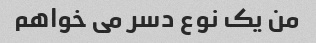
من یک نوع دسر می خواهم